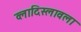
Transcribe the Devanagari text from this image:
व्लादिस्लावला